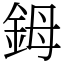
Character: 鉧